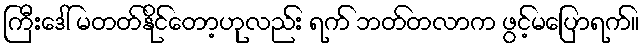
ကြီးဒေါ် မတတ်နိုင်တော့ဟုလည်း ရက် ဘတ်တလာက ဖွင့်မပြောရက်။